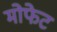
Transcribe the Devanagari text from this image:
मोफेट